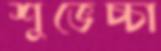
শুভেচ্চা